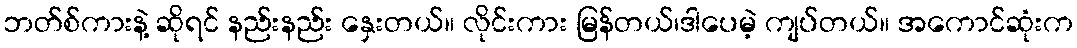
ဘတ်စ်ကားနဲ့ ဆိုရင် နည်းနည်း နှေးတယ်။ လိုင်းကား မြန်တယ်၊ဒါပေမဲ့ ကျပ်တယ်။ အကောင်ဆုံးက